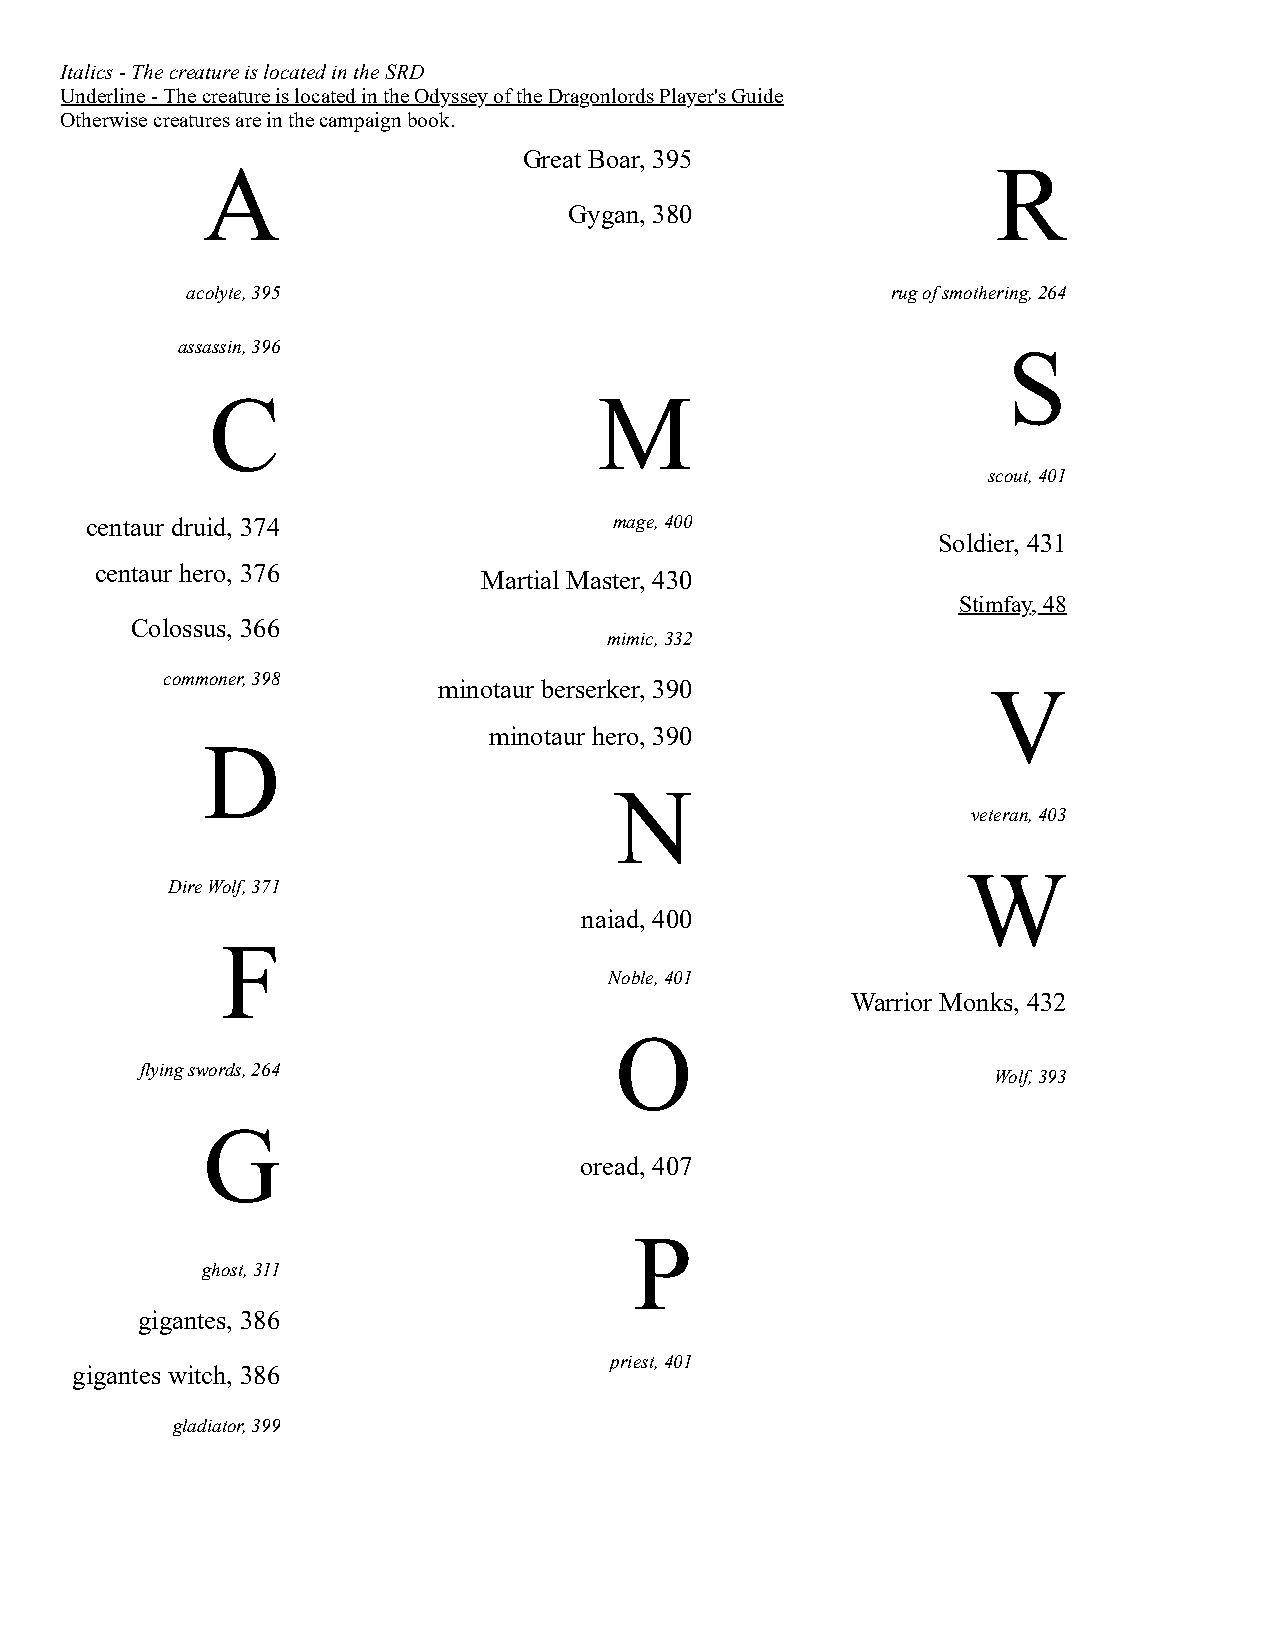
Italics - The creature is located in the SRD
 Underline - The creature is located in the Odyssey of the Dragonlords Player's Guide
 Otherwise creatures are in the campaign book.
 Great Boar, 395
 A                                                    R
 Gygan, 380
 acolyte, 395                                   rug of smothering, 264
 assassin, 396                                          S
 C                         M
 scout, 401
 centaur druid, 374                 mage, 400
 Soldier, 431
 centaur hero, 376
 Martial Master, 430
 Stimfay, 48
 Colossus, 366
 mimic, 332
 commoner, 398
 minotaur berserker, 390              V
 minotaur hero, 390
 D
 N
 veteran, 403
 W
 Dire Wolf, 371
 naiad, 400
 F
 Noble, 401
 Warrior Monks, 432
 O
 flying swords, 264
 Wolf, 393
 G
 oread, 407
 P
 ghost, 311
 gigantes, 386
 priest, 401
 gigantes witch, 386
 gladiator, 399